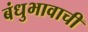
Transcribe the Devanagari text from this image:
बंधुभावाची